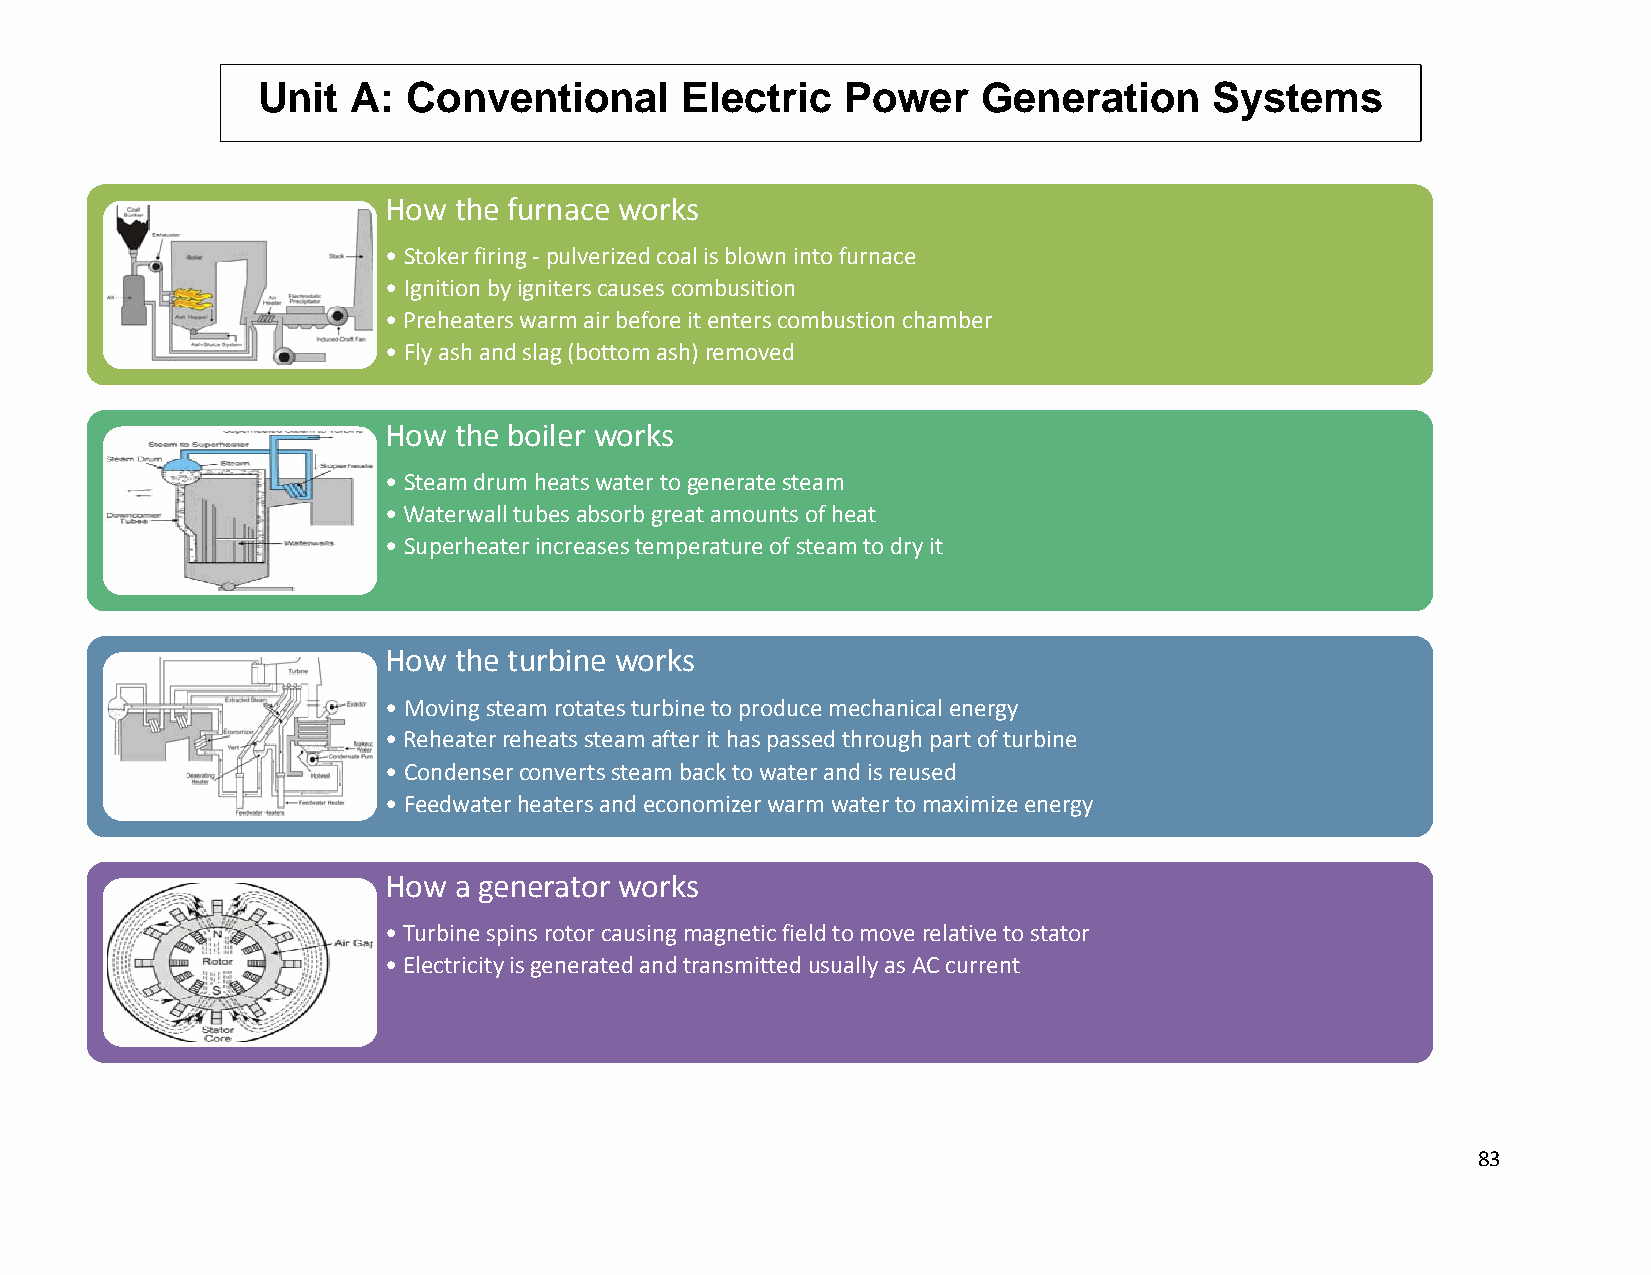
Unit  A:  Conventional      Electric   Power    Generation     Systems
 How  the furnace works
 • Stoker firing ‐pulverized coal is blown into furnace
 • Ignition by igniters causes combusition
 • Preheaters warm air before it enters combustion chamber
 • Fly ash and slag (bottom ash) removed
 How  the boiler works
 • Steam drum heats water to generate steam
 • Waterwall tubes absorb great amounts of heat
 • Superheater increases temperature of steam to dry it
 How  the turbine works
 • Moving steam rotates turbine to produce mechanical energy
 • Reheater reheats steam after it has passed through part of turbine
 • Condenser converts steam back to water and is reused
 • Feedwater heaters and economizer warm water to maximize energy
 How  a generator works
 • Turbine spins rotor causing magnetic field to move relative to stator
 • Electricity is generated and transmitted usually as AC current
 83